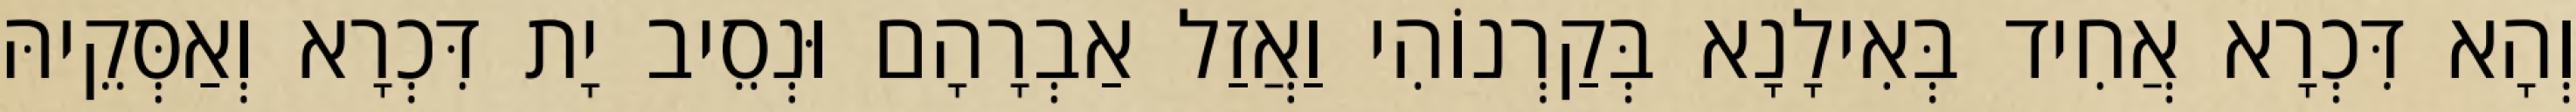
וְהָא דִּכְרָא אֲחִיד בְּאִילָנָא בְּקַרְנוֹהִי וַאֲזַל אַבְרָהָם וּנְסֵיב יָת דִּכְרָא וְאַסְּקֵיהּ